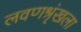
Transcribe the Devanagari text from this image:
लवणश्रृंखला